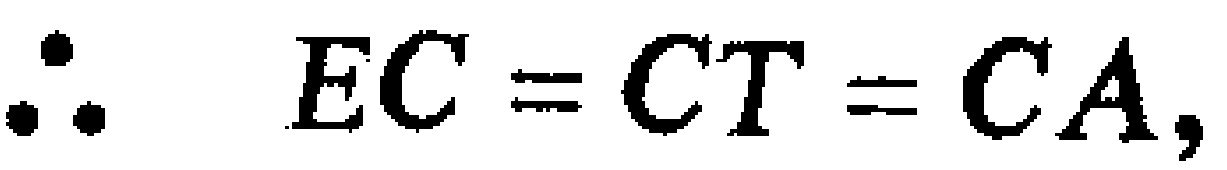
\(\therefore EC = CT = CA,\)